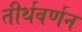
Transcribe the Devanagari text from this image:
तीर्थवर्णन